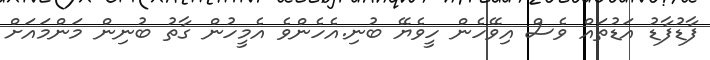
ފާޑުފާޑު އަޑުތައް ވެސް އިވޭހެން ހީވެޔޭ ބުނި.އެހެންވެ އެމީހުން ގާތު ބުނިން މަންމައަށް